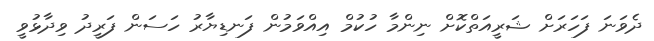
ދެވަނަ ފަހަރަށް ޝަރީއަތްކޮށް ނިންމާ ހުކުމް އިއްވަމުން ފަނޑިޔާރު ހަސަން ފަރީދު ވިދާޅުވީ